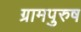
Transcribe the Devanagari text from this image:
ग्रामपुरुष